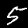
Digit: 5